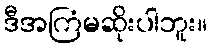
ဒီအကြံမဆိုးပါဘူး။